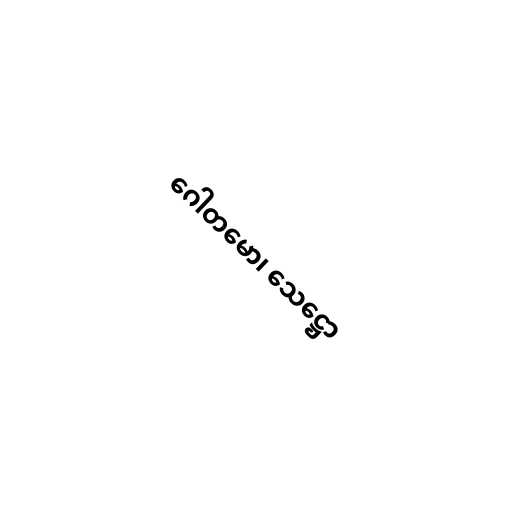
ဂေါတမော၊ သေဋ္ဌော